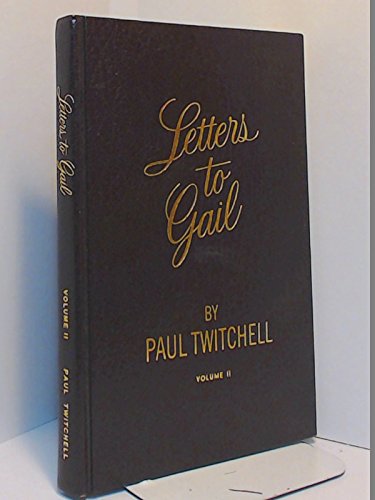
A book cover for Letters to Gail (Volume II); Paul Twitchell; Religion & Spirituality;